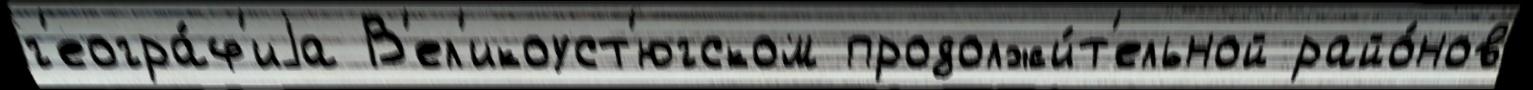
г'еогра́ф'иjа В'ел'икоуст'югском продолжи́т'ельной райо́нов